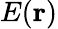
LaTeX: E(\mathbf{r})